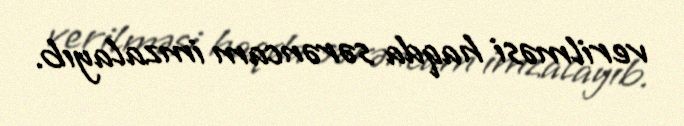
verilməsi haqda sərəncam imzalayıb.